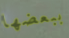
ببعضها